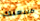
طبيعتك